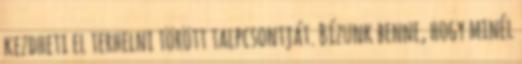
kezdheti el terhelni törött talpcsontját. Bízunk benne, hogy minél